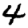
Digit: 4